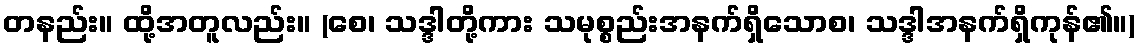
တနည်း။ ထို့အတူလည်း။ (စေ၊ သဒ္ဒါတို့ကား သမုစ္စည်းအနက်ရှိသောစ၊ သဒ္ဒါအနက်ရှိကုန်၏။)